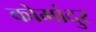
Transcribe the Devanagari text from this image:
कोमांदुर